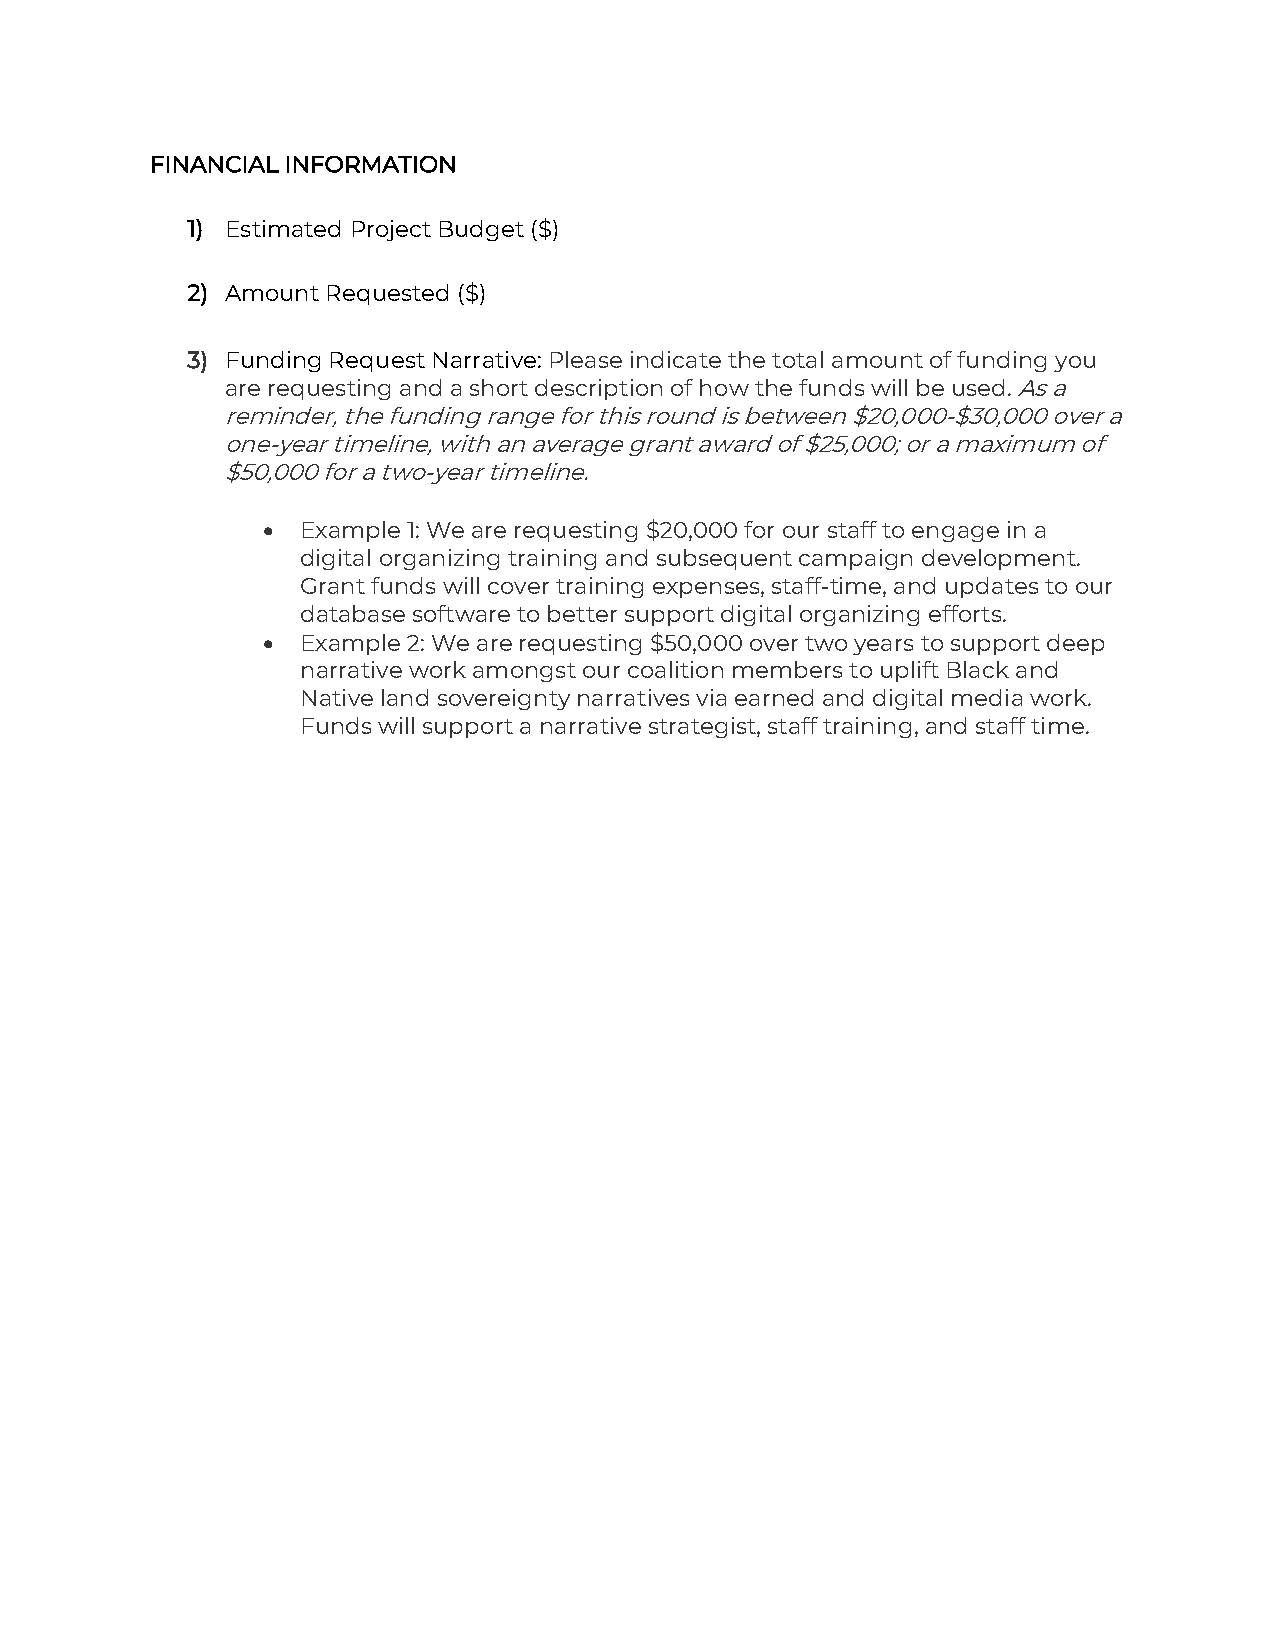
FINANCIAL INFORMATION
 1) Estimated Project Budget ($)
 2) Amount Requested ($)
 3) Funding Request Narrative: Please indicate the total amount of funding you
 are requesting and a short description of how the funds will be used. As a
 reminder, the funding range for this round is between $20,000-$30,000 over a
 one-year timeline, with an average grant award of $25,000; or a maximum of
 $50,000 for a two-year timeline.
 •  Example 1: We are requesting $20,000 for our staff to engage in a
 digital organizing training and subsequent campaign development.
 Grant funds will cover training expenses, staff-time, and updates to our
 database software to better support digital organizing efforts.
 •  Example 2: We are requesting $50,000 over two years to support deep
 narrative work amongst our coalition members to uplift Black and
 Native land sovereignty narratives via earned and digital media work.
 Funds will support a narrative strategist, staff training, and staff time.